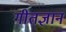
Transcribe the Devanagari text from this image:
गीतज्ञान